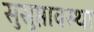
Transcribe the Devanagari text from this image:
सुसुप्तावस्था